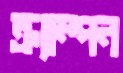
ক্র্যাম্পন